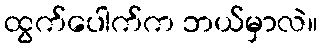
ထွက်ပေါက်က ဘယ်မှာလဲ။